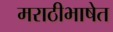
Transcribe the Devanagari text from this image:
मराठीभाषेत